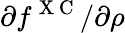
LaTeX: {\partial f^{\mathrm{~X~C~}}}/{\partial\rho}